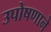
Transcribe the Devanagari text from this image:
उपोषणाने